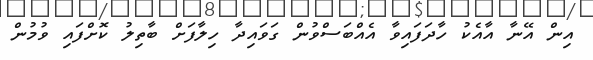
އިން އޭނާ އާއެކު ހާދަފައިވާ އެއްބަސްވުން ގަވައިދާ ހިލާފަށް ބާތިލު ކޮށްފައި ވުމުން